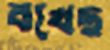
বখেছ